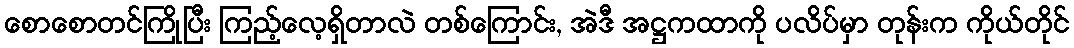
စောစောတင်ကြိုပြီး ကြည့်လေ့ရှိတာလဲ တစ်ကြောင်း, အဲဒီ အဋ္ဌကထာကို ပလိပ်မှာ တုန်းက ကိုယ်တိုင်